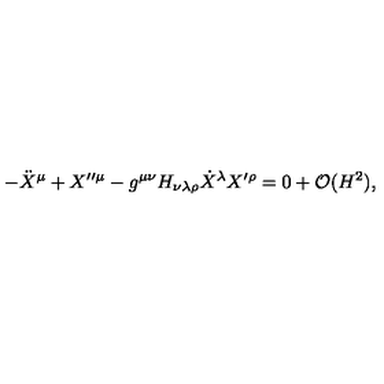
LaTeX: - \ddot { X } ^ { \mu } + X ^ { \prime \prime \mu } - g ^ { \mu \nu } H _ { \nu \lambda \rho } \dot { X } ^ { \lambda } X ^ { \prime \rho } = 0 + { \cal O } ( H ^ { 2 } ) ,